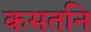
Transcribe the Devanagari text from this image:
कसतनि